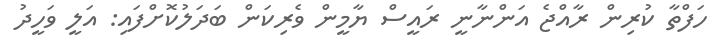
ހަފްތާ ކުރިން ރާއްޖެ އަންނާނީ ރައީސް ޔާމީން ވެރިކަން ބަދަލުކޮށްފައި: އަލީ ވަހީދު